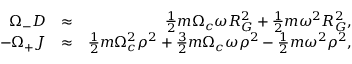
\begin{array} { r l r } { \Omega _ { - } D } & { \approx } & { \frac { 1 } { 2 } m \Omega _ { c } \omega R _ { G } ^ { 2 } + \frac { 1 } { 2 } m \omega ^ { 2 } R _ { G } ^ { 2 } , } \\ { - \Omega _ { + } J } & { \approx } & { \frac { 1 } { 2 } m \Omega _ { c } ^ { 2 } \rho ^ { 2 } + \frac { 3 } { 2 } m \Omega _ { c } \omega \rho ^ { 2 } - \frac { 1 } { 2 } m \omega ^ { 2 } \rho ^ { 2 } , } \end{array}